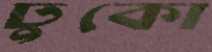
ঢুকো